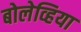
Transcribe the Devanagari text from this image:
बोलेव्हिया